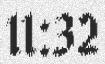
11:32